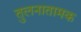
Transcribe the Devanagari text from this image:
तुलनातामक